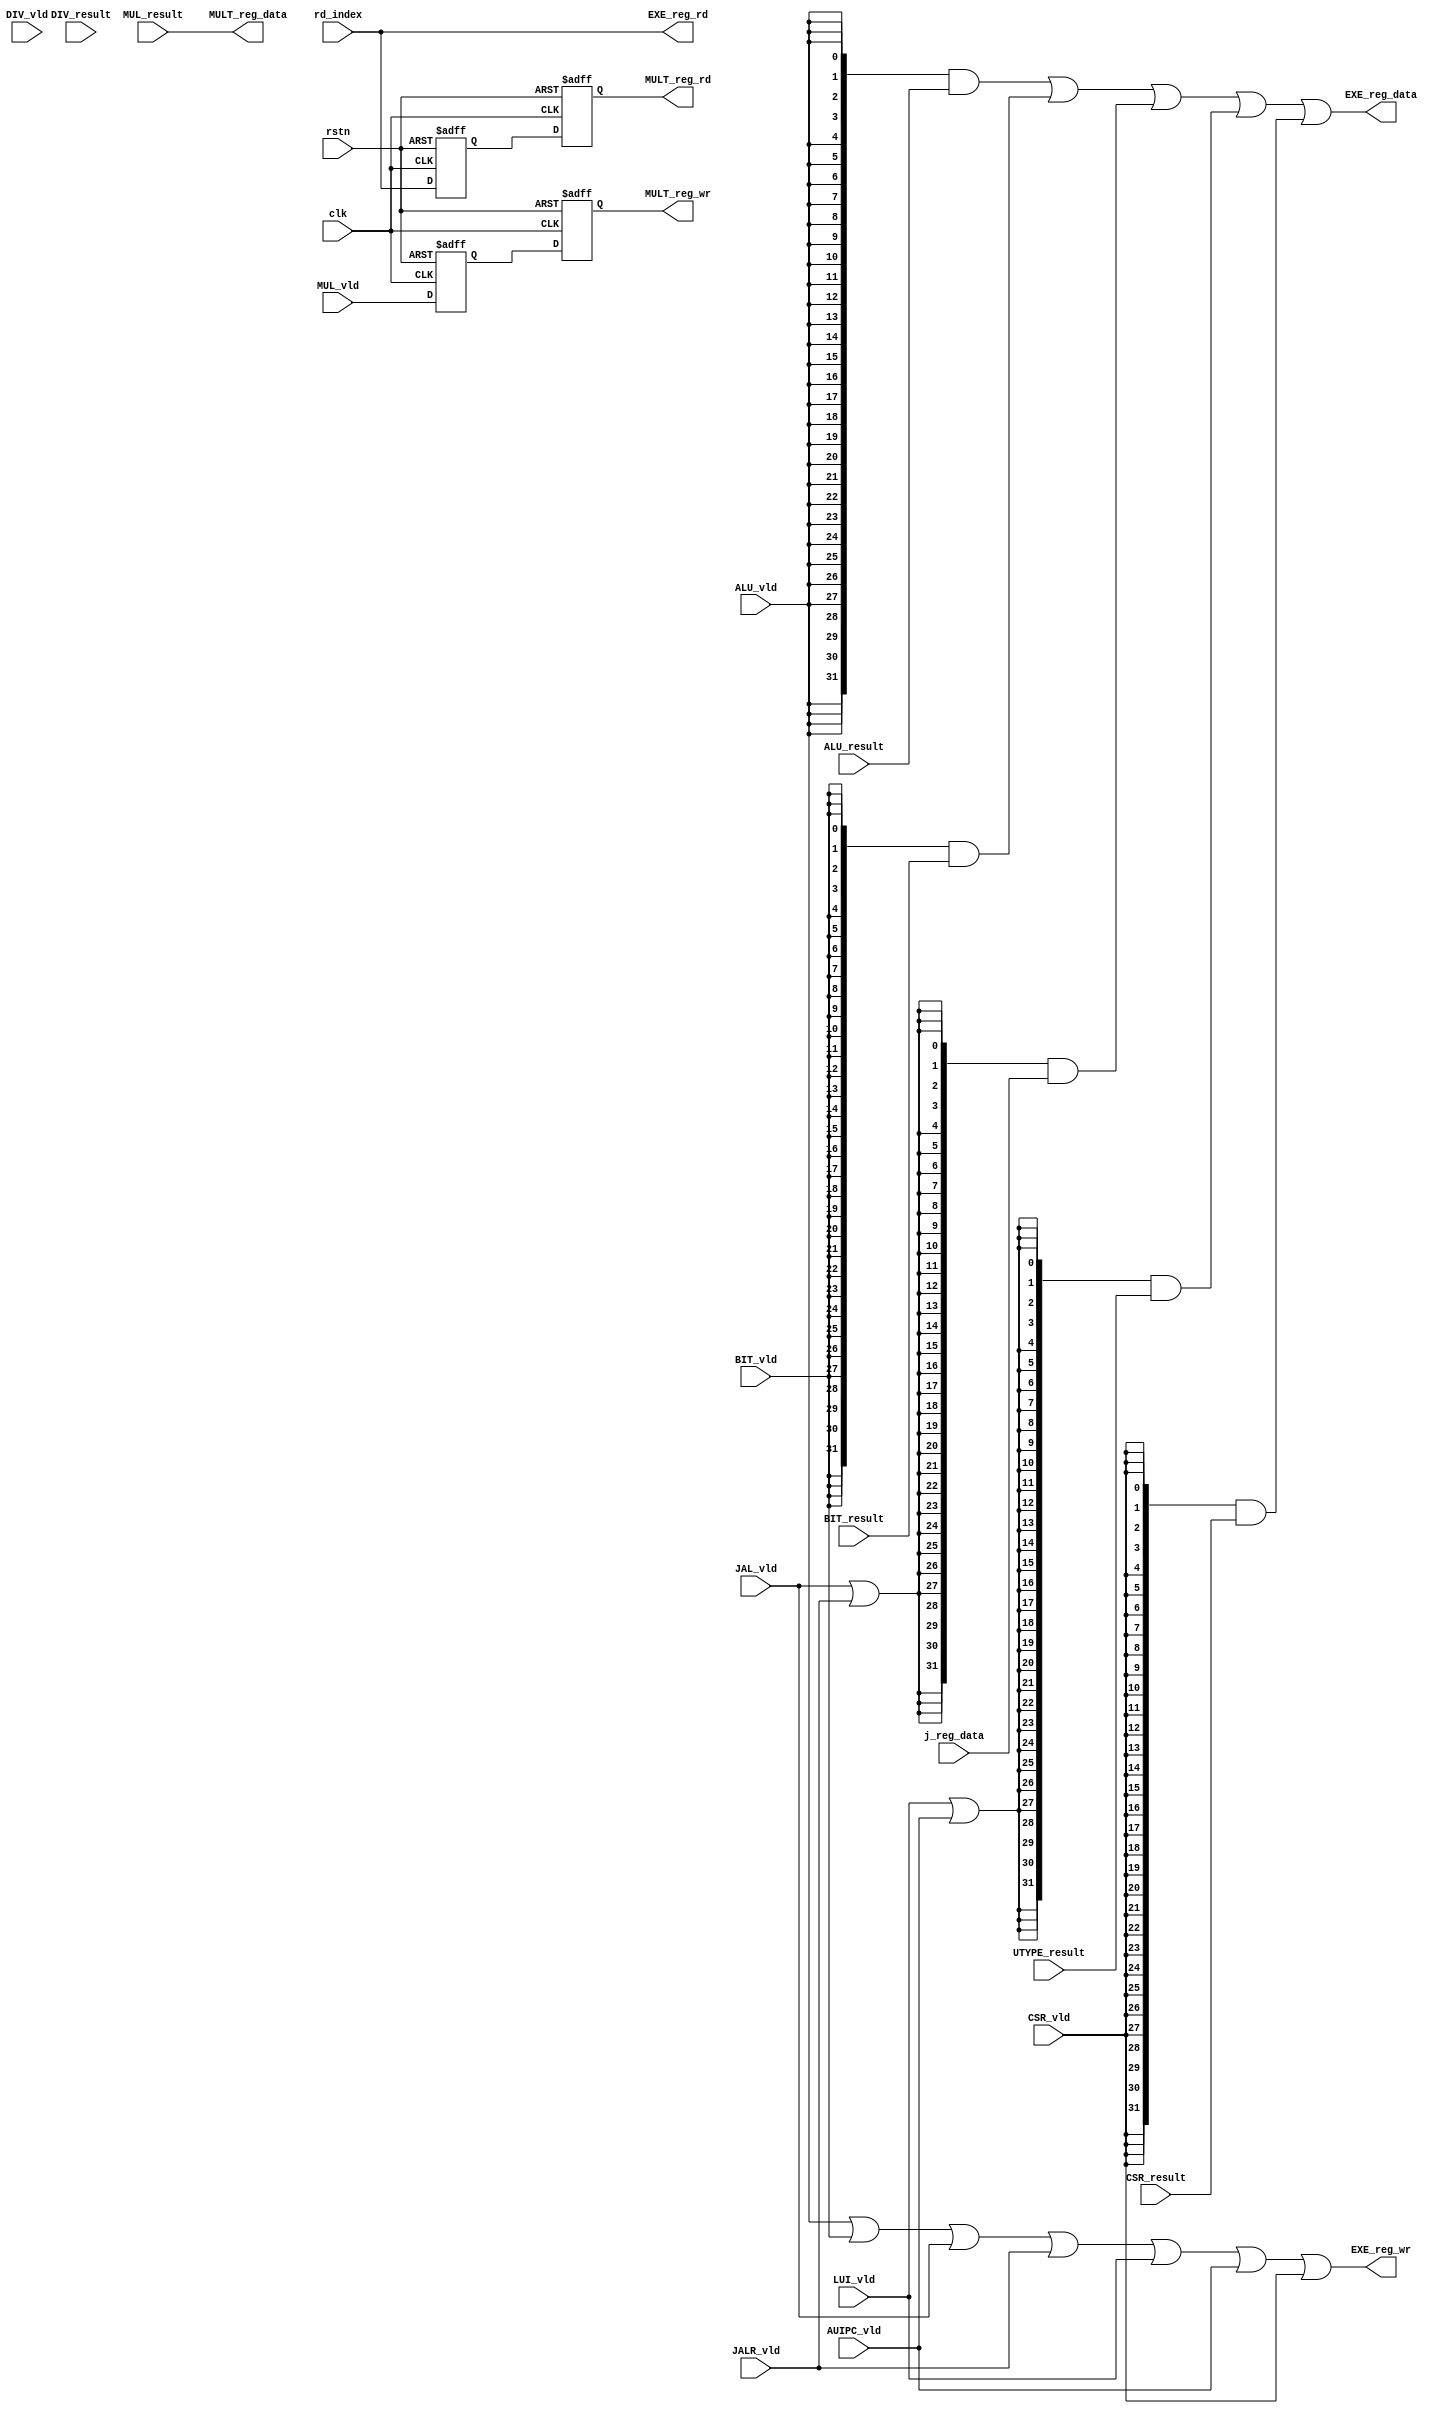
module WB
(
input clk,
input rstn,

input ALU_vld,
input BIT_vld,
input JAL_vld,
input JALR_vld,
input LUI_vld,
input AUIPC_vld,

input [31:0]CSR_result,
input CSR_vld,

input MUL_vld,
input DIV_vld,


input [31:0]ALU_result,
input [31:0]UTYPE_result,
input [31:0]BIT_result,
input [31:0]j_reg_data,

input [31:0]MUL_result,
input [31:0]DIV_result,
input [4:0] rd_index,

output EXE_reg_wr,
output [31:0]EXE_reg_data,
output [4:0] EXE_reg_rd,

output reg MULT_reg_wr,
output [31:0]MULT_reg_data,
output reg[4:0]MULT_reg_rd
);

assign  EXE_reg_wr= ALU_vld | BIT_vld | JAL_vld | JALR_vld | LUI_vld | AUIPC_vld | CSR_vld;
assign  EXE_reg_rd=rd_index;
assign  EXE_reg_data=	({32{ALU_vld}} & ALU_result)|
						({32{BIT_vld}} & BIT_result)|
						({32{JAL_vld|JALR_vld}} & j_reg_data)|
						({32{LUI_vld|AUIPC_vld}}& UTYPE_result)|
						({32{CSR_vld}} & CSR_result);

reg [4:0]MULT_rd_buf;
reg MULT_reg_wr_buf;

always@(posedge clk or negedge rstn) begin
if(~rstn) MULT_reg_wr_buf <= 1'b0;
else MULT_reg_wr_buf <= MUL_vld;
end
always@(posedge clk or negedge rstn) begin
if(~rstn) MULT_reg_wr <= 1'b0;
else MULT_reg_wr <= MULT_reg_wr_buf;
end

always@(posedge clk or negedge rstn) begin
if(~rstn) MULT_rd_buf <= 4'b0;
else MULT_rd_buf <= rd_index;
end
always@(posedge clk or negedge rstn) begin
if(~rstn) MULT_reg_rd <= 4'b0;
else MULT_reg_rd <= MULT_rd_buf;
end
assign MULT_reg_data=MUL_result;
endmodule